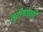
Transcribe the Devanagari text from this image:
लुटीनंतरही